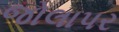
જોલાપર